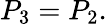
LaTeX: P_{3}=P_{2}.